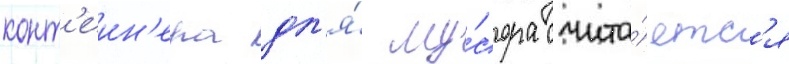
конт'еин'ера дл'я́ му́сора счита́етс'я